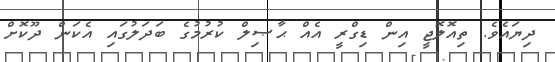
ދިޔައެވެ. ތިއޮލޮޖީ އިން ޑިގްރީ އެއް ޙާޞިލް ކުރުމުގެ ބަދަލުގައި އެކަން ދޫކޮށް